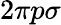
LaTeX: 2\pi p\sigma